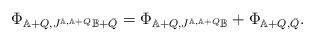
LaTeX: \begin{align*} \Phi_{\mathbb{A}+Q,J^{\mathbb{A},\mathbb{A}+Q}\mathbb{B}+\bar{Q}}=\Phi_{\mathbb{A}+Q,J^{\mathbb{A},\mathbb{A}+Q}\mathbb{B}}+\Phi_{\mathbb{A}+Q,\bar{Q}}.\end{align*}